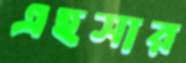
এহসার